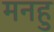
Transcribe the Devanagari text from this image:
मनहु